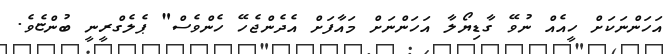
އަހަންނަކަށް ހީއެއް ނުވޭ ގާޑިޔޯލާ އަހަންނަށް މައާފަށް އެދެންޖެހޭ ހެންވެސް" ޕެލެގްރީނީ ބުންޏެވެ.